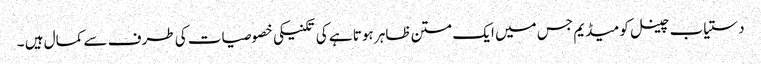
دستیاب چینل کو میڈیم جس میں ایک متن ظاہر ہوتا ہے کی تکنیکی خصوصیات کی طرف سے کمال ہیں ۔